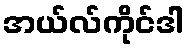
အယ်လ်ကိုင်ဒါ